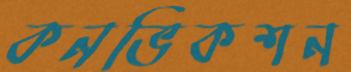
কনভিকশন